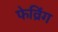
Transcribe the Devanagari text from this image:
फेव्रिंग